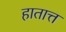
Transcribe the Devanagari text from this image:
हातात्त